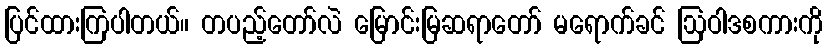
ပြင်ထားကြပါတယ်။ တပည့်တော်လဲ မြောင်းမြဆရာတော် မရောက်ခင် ဩဝါဒစကားကို